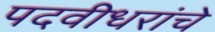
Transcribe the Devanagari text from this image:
पदवीधरांचे